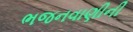
ભજનવાણીની